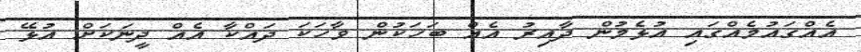
އެއްގައުމެއްގައި އުޅެމުން ދާއިރު އެއް ބަހަކުން ވާހަކަ ދައްކާ އެއް ދީނަކަށް އުޅޭ